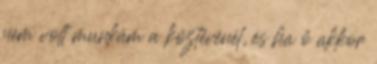
nem volt munkám a köztévénél, és ha ő akkor